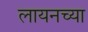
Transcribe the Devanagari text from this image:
लायनच्या